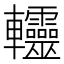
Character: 䡿